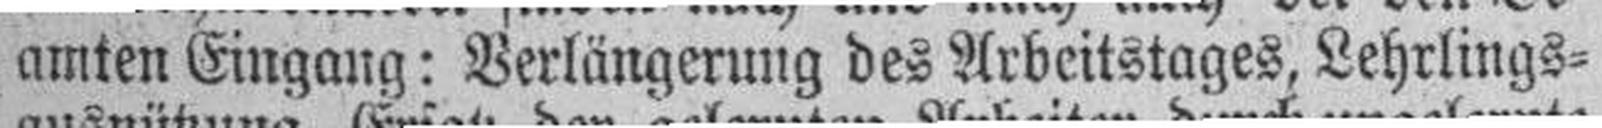
amten Eingang: Verlängerung des Arbeitstages, Lehrlings¬